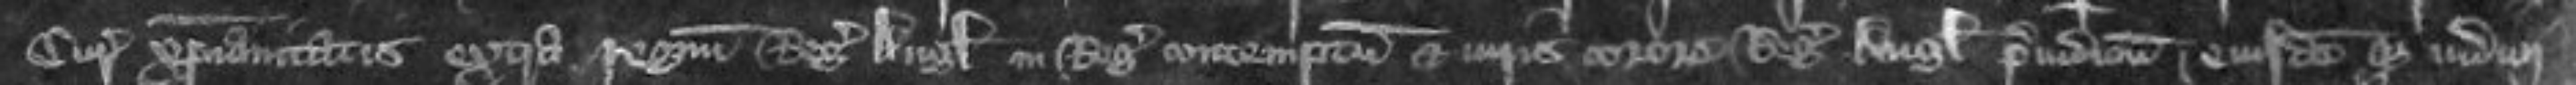
Curiam Christianitas extra regni Regis Anglie in Regis contemptum et iuris corone Regis Anglie preiudicium eiusdem que iudicii